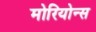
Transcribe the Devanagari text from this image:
मोरियोन्स